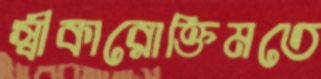
স্বীকারোক্তিমতে